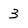
Character: 3